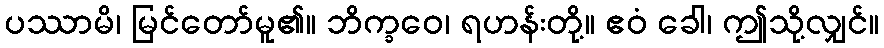
ပဿာမိ၊ မြင်တော်မူ၏။ ဘိက္ခဝေ၊ ရဟန်းတို့။ ဧဝံ ခေါ၊ ဤသို့လျှင်။